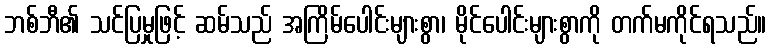
ဘစ်ဘီ၏ သင်ပြမှုဖြင့် ဆမ်သည် အကြိမ်ပေါင်းများစွာ၊ မိုင်ပေါင်းများစွာကို တက်မကိုင်ရသည်။